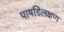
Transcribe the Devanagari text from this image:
पाषडिलक्षण